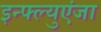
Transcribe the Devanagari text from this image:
इन्फ्ल्युएंजा